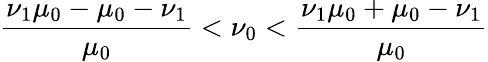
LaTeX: \frac{\nu_{1}\mu_{0}-\mu_{0}-\nu_{1}}{\mu_{0}}<\nu_{0}<\frac{\nu_{1}\mu_{0}+\mu_{0}-\nu_{1}}{\mu_{0}}